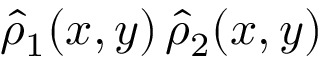
\hat { \rho } _ { 1 } ( x , y ) \, \hat { \rho } _ { 2 } ( x , y )